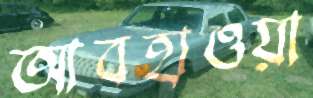
আবহাওয়া